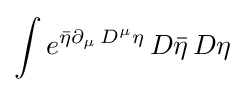
\int e^{{\bar {\eta }}\partial _{\mu }\,D^{\mu }\eta }\,D{\bar {\eta }}\,D\eta